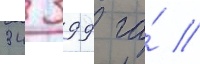
34 399 га́ //